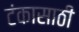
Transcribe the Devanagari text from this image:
टंकासाठी